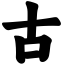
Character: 古